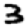
Digit: 3